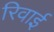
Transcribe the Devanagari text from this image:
रिवाई